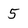
Character: 5